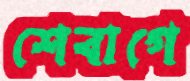
শেবাগে